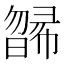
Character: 𣊸